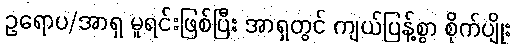
ဥရောပ/အာရှ မူရင်းဖြစ်ပြီး အာရှတွင် ကျယ်ပြန့်စွာ စိုက်ပျိုး